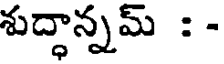
శుద్ధాన్నమ్ : -